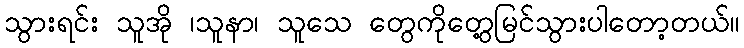
သွားရင်း သူအို ၊သူနာ၊ သူသေ တွေကိုတွေ့မြင်သွားပါတော့တယ်။